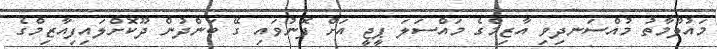
މައުލޫމާތު މުއްސަނދިވި އާޒިމްގެ މައްސަލަ ޕީޖީ އަށް ފޮނުވައި ގޭ ބަންދުން ދޫކޮށްލައިފިއާޒިމްގެ